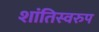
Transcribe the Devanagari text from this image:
शांतिस्वरुप